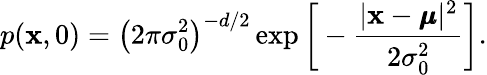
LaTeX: p(\mathbf x,0)=\left(2\pi\sigma_{0}^{2}\right)^{-d/2}\exp\bigg[-\frac{|\mathbf x-\pmb\mu|^{2}}{2\sigma_{0}^{2}}\bigg].